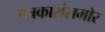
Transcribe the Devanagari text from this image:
पत्रकारांसमोर